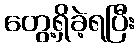
တွေ့ရှိခဲ့ရပြီး